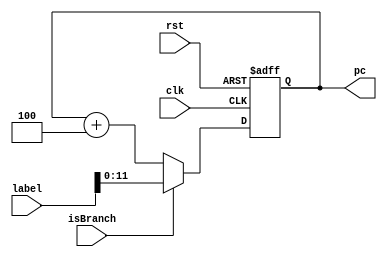
`timescale 1ns / 1ps
//////////////////////////////////////////////////////////////////////////////////
// Company: 
// Engineer: 
// 
// Design Name: 
// Module Name:    PC_change 
// Project Name: 
// Target Devices: 
// Tool versions: 
// Description: 
//
// Dependencies: 
//
// Revision: 
// Revision 0.01 - File Created
// Additional Comments: 
//
//////////////////////////////////////////////////////////////////////////////////
module PC_change(
    input clk,
    input rst,
    input isBranch,
    input [25:0] label,
    output reg [11:0] pc
    );

	always @(posedge clk or posedge rst) begin
		if(rst) begin
			pc=12'd0;
		end
		else begin
			if(isBranch)
				pc=label[11:0]; //direct addressing, label will be a multiple of 4
			else
				pc=pc+12'd4; //increment
		end
	end

endmodule